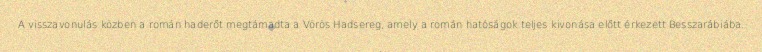
A visszavonulás közben a román haderőt megtámadta a Vörös Hadsereg, amely a román hatóságok teljes kivonása előtt érkezett Besszarábiába.